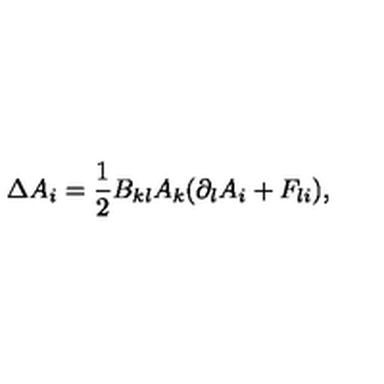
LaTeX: \Delta A _ { i } = \frac { 1 } { 2 } B _ { k l } A _ { k } ( \partial _ { l } A _ { i } + F _ { l i } ) ,